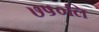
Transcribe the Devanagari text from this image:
७५०लि